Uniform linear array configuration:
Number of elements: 4
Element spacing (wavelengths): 0.5
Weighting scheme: blackman
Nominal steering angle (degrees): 30
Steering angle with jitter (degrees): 31.049
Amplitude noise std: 0.05
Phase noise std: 0.05

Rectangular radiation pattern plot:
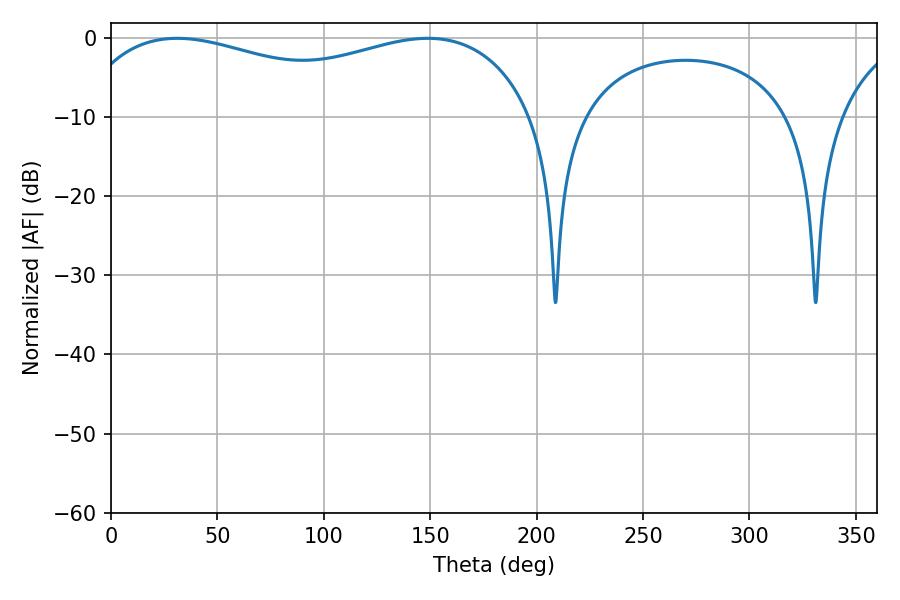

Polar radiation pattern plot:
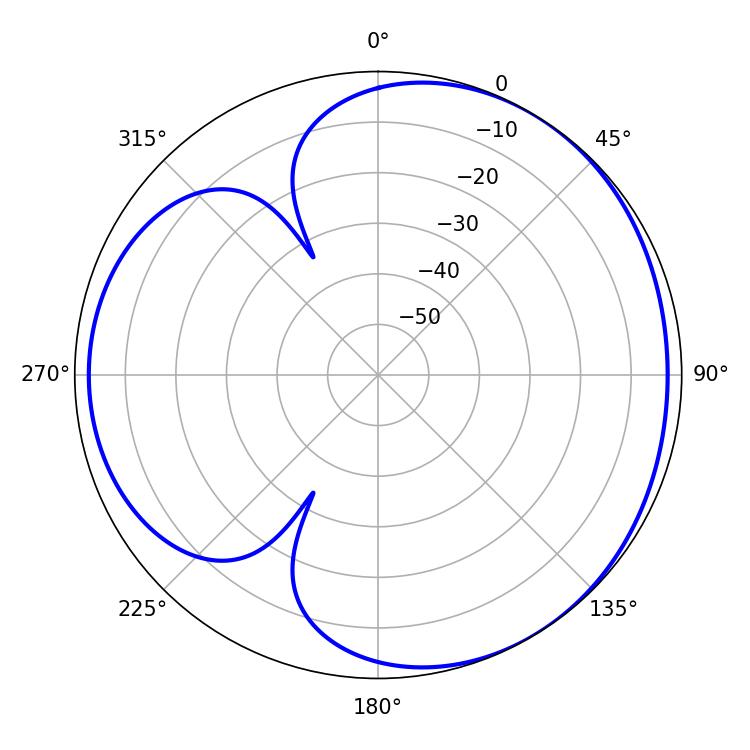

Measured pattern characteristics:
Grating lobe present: FALSE
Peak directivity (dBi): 3.504
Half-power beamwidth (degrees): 177.84
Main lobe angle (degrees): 31.14